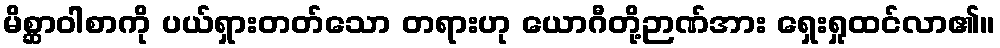
မိစ္ဆာဝါစာကို ပယ်ရှားတတ်သော တရားဟု ယောဂီတို့ဉာဏ်အား ရှေးရှုထင်လာ၏။